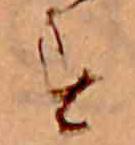
す